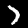
Digit: 7